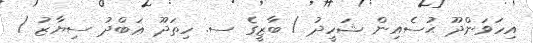
އިހަވަންދޫ ޙުސެއިން ޝަހީދު / ބާޒީގެ ސ. ހިތަދޫ ޢަބްދު ސިޔާޒު /